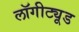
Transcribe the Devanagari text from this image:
लॉगीट्यूड